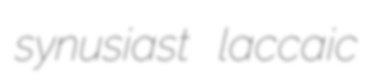
synusiast laccaic